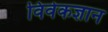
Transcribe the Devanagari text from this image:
विवेकज्ञान